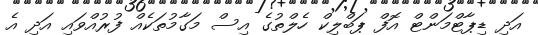
އަދި ޑިޕާޓްމަންޓް އޮފް ޕަބްލިކް ހެލްތުގެ އިސް މަގާމުތަކެއް ފުރުއްވައި އަދި އެ